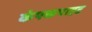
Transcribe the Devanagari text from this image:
कंपकपाहट